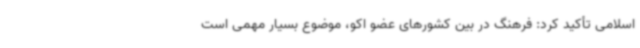
اسلامی تأکید کرد: فرهنگ در بین کشورهای عضو اکو، موضوع بسیار مهمی است